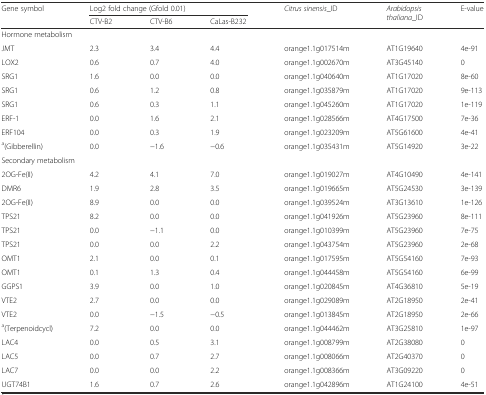
<table><thead><tr><td rowspan="2"><b>Gene symbol</b></td><td colspan="3"><b>Log2 fold change (Gfold 0.01)</b></td><td rowspan="2"><b><i>Citrus sinensis</i>_ID</b></td><td rowspan="2"><b><i>Arabidopsis thaliana</i>_ID</b></td><td rowspan="2"><b>E-value</b></td></tr><tr><td><b>CTV-B2</b></td><td><b>CTV-B6</b></td><td><b>CaLas-B232</b></td></tr></thead><tbody><tr><td colspan="3">Hormone metabolism</td><td></td><td></td><td></td><td></td></tr><tr><td>JMT</td><td>2.3</td><td>3.4</td><td>4.4</td><td>orange1.1g017514m</td><td>AT1G19640</td><td>4e-91</td></tr><tr><td>LOX2</td><td>0.6</td><td>0.7</td><td>4.0</td><td>orange1.1g002670m</td><td>AT3G45140</td><td>0</td></tr><tr><td>SRG1</td><td>1.6</td><td>0.0</td><td>0.0</td><td>orange1.1g040640m</td><td>AT1G17020</td><td>8e-60</td></tr><tr><td>SRG1</td><td>0.6</td><td>1.2</td><td>0.8</td><td>orange1.1g035879m</td><td>AT1G17020</td><td>9e-113</td></tr><tr><td>SRG1</td><td>0.6</td><td>0.3</td><td>1.1</td><td>orange1.1g045260m</td><td>AT1G17020</td><td>1e-119</td></tr><tr><td>ERF-1</td><td>0.0</td><td>1.6</td><td>2.1</td><td>orange1.1g028566m</td><td>AT4G17500</td><td>7e-36</td></tr><tr><td>ERF104</td><td>0.0</td><td>0.3</td><td>1.9</td><td>orange1.1g023209m</td><td>AT5G61600</td><td>4e-41</td></tr><tr><td><sup>a</sup>(Gibberellin)</td><td>0.0</td><td>−1.6</td><td>−0.6</td><td>orange1.1g035431m</td><td>AT5G14920</td><td>3e-22</td></tr><tr><td colspan="3">Secondary metabolism</td><td></td><td></td><td></td><td></td></tr><tr><td>2OG-Fe(II)</td><td>4.2</td><td>4.1</td><td>7.0</td><td>orange1.1g019027m</td><td>AT4G10490</td><td>4e-141</td></tr><tr><td>DMR6</td><td>1.9</td><td>2.8</td><td>3.5</td><td>orange1.1g019665m</td><td>AT5G24530</td><td>3e-139</td></tr><tr><td>2OG-Fe(II)</td><td>8.9</td><td>0.0</td><td>0.0</td><td>orange1.1g039524m</td><td>AT3G13610</td><td>1e-126</td></tr><tr><td>TPS21</td><td>8.2</td><td>0.0</td><td>0.0</td><td>orange1.1g041926m</td><td>AT5G23960</td><td>8e-111</td></tr><tr><td>TPS21</td><td>0.0</td><td>−1.1</td><td>0.0</td><td>orange1.1g010399m</td><td>AT5G23960</td><td>7e-75</td></tr><tr><td>TPS21</td><td>0.0</td><td>0.0</td><td>2.2</td><td>orange1.1g043754m</td><td>AT5G23960</td><td>2e-68</td></tr><tr><td>OMT1</td><td>2.1</td><td>0.0</td><td>0.1</td><td>orange1.1g017595m</td><td>AT5G54160</td><td>7e-93</td></tr><tr><td>OMT1</td><td>0.1</td><td>1.3</td><td>0.4</td><td>orange1.1g044458m</td><td>AT5G54160</td><td>6e-99</td></tr><tr><td>GGPS1</td><td>3.9</td><td>0.0</td><td>1.0</td><td>orange1.1g020845m</td><td>AT4G36810</td><td>5e-19</td></tr><tr><td>VTE2</td><td>2.7</td><td>0.0</td><td>0.0</td><td>orange1.1g029089m</td><td>AT2G18950</td><td>2e-41</td></tr><tr><td>VTE2</td><td>0.0</td><td>−1.5</td><td>−0.5</td><td>orange1.1g013845m</td><td>AT2G18950</td><td>2e-66</td></tr><tr><td><sup>a</sup>(Terpenoidcycl)</td><td>7.2</td><td>0.0</td><td>0.0</td><td>orange1.1g044462m</td><td>AT3G25810</td><td>1e-97</td></tr><tr><td>LAC4</td><td>0.0</td><td>0.5</td><td>3.1</td><td>orange1.1g008799m</td><td>AT2G38080</td><td>0</td></tr><tr><td>LAC5</td><td>0.0</td><td>0.7</td><td>2.7</td><td>orange1.1g008066m</td><td>AT2G40370</td><td>0</td></tr><tr><td>LAC7</td><td>0.0</td><td>0.0</td><td>2.2</td><td>orange1.1g008366m</td><td>AT3G09220</td><td>0</td></tr><tr><td>UGT74B1</td><td>1.6</td><td>0.7</td><td>2.6</td><td>orange1.1g042896m</td><td>AT1G24100</td><td>4e-51</td></tr></tbody></table>